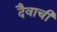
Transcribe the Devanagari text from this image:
दैवाची